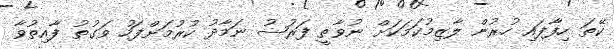
ކޭތަ ހިފާފައި ހުރުން ލާޒިމުކަމަކަށް ނުވާތީ ފަރުޟު ނަމާދު ކުރުމަށްފަހު ވަގުތު ފާއިތުވާ